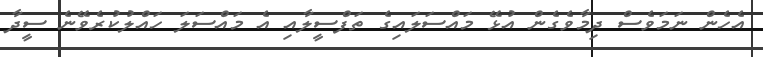
އެހެން ނަމަވެސް ދިމާވެގެން އުޅޭ މައްސަލައިގެ ތަފްސީލާއި އެ މައްސަލަ ހައްލުކުރެވޭނެ ސީދާ